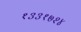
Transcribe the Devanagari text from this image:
१३३१७२४